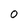
Character: O